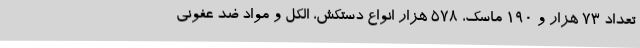
تعداد 73 هزار و 190 ماسک، 578 هزار انواع دستکش، الکل و مواد ضد عفونی